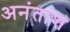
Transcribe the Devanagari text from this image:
अनंतांश